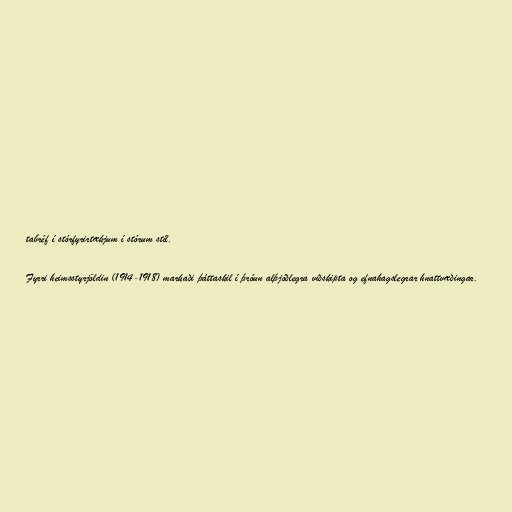
tabréf í stórfyrirtækjum í stórum stíl.

Fyrri heimsstyrjöldin (1914-1918) markaði þáttaskil í þróun alþjóðlegra viðskipta og efnahagslegrar hnattvæðingar.